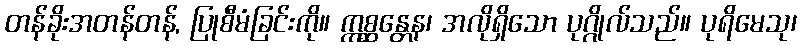
တန်ခိုးအတန်တန်, ပြုစီမံခြင်းကို။ ဣစ္ဆန္တေန၊ အလိုရှိသော ပုဂ္ဂိုလ်သည်။ ပုရိမေသု၊